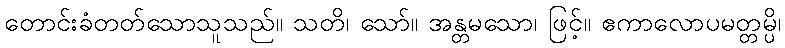
တောင်းခံတတ်သောသူသည်။ သတိ၊ သော်။ အန္တမသော၊ ဖြင့်။ ဧကာလောပမတ္တမ္ပိ၊